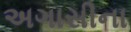
અગાસીના